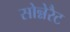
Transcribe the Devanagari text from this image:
सोन्नेरैट